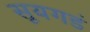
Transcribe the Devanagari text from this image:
सूयगडं